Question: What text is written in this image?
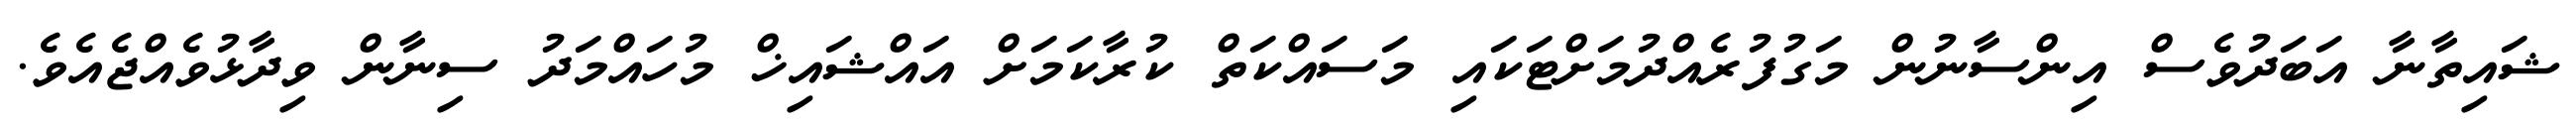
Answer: ޝައިތާނާ އަބަދުވެސް އިންސާނުން މަގުފުރެއްދުމަށްޓަކައި މަސައްކަތް ކުރާކަމަށް އައްޝައިޚް މުހައްމަދު ސިނާން ވިދާޅުވެއްޖެއެވެ.